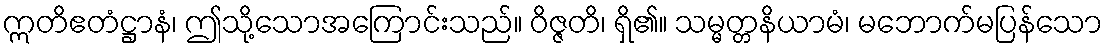
ဣတိဧတံဋ္ဌာနံ၊ ဤသို့သောအကြောင်းသည်။ ဝိဇ္ဇတိ၊ ရှိ၏။ သမ္မတ္တနိယာမံ၊ မဘောက်မပြန်သော